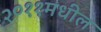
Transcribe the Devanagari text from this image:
२०११मधील